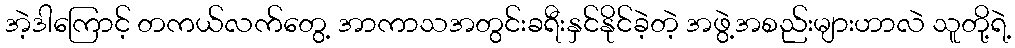
အဲ့ဒါကြောင့် တကယ်လက်တွေ့ အာကာသအတွင်းခရီးနှင်နိုင်ခဲ့တဲ့ အဖွဲ့အစည်းများဟာလဲ သူတို့ရဲ့